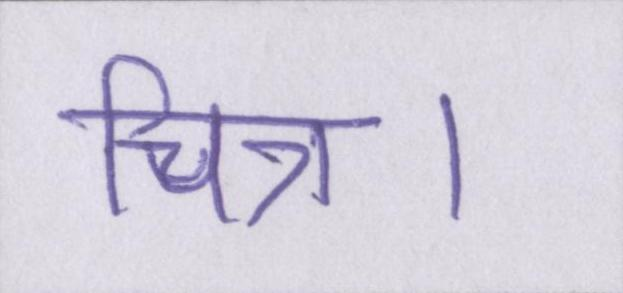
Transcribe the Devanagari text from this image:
चित्र।